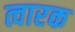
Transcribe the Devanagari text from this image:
त्वारक